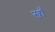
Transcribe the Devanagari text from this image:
खॉं